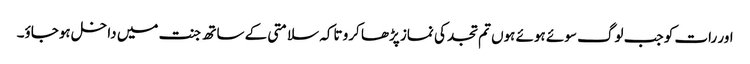
اور رات کو جب لوگ سوئے ہوئے ہوں تم تجد کی نماز پڑھا کرو تاکہ سلامتی کے ساتھ جنت میں داخل ہوجاؤ۔